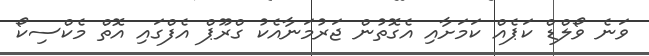
ވަނެ ވޯލްޑް ކަޕެއް ކަމަށާއި އެގޮތުން ޖަރުމަނާއެކު ގްރޫޕް އެފްގައި އޮތް މެކްސިކޯ